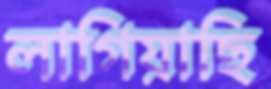
লাগিয়াছি